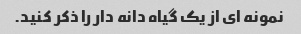
نمونه ای از یک گیاه دانه دار را ذکر کنید.